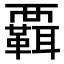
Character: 𧠄